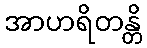
အာဟရိတန္တိ